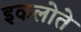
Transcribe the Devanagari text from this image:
इकलोते